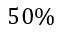
5 0 \%